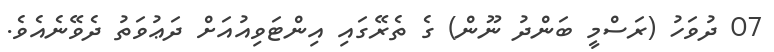
07 ދުވަހު (ރަސްމީ ބަންދު ނޫން) ގެ ތެރޭގައި އިންޓަވިއުއަށް ދަޢުވަތު ދެވޭނެއެވެ.